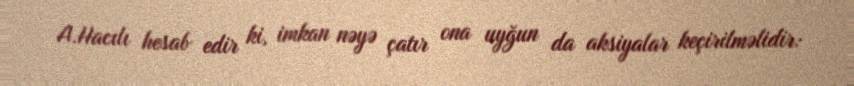
A.Hacılı hesab edir ki, imkan nəyə çatır ona uyğun da aksiyalar keçirilməlidir: